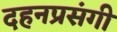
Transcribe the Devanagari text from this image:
दहनप्रसंगी